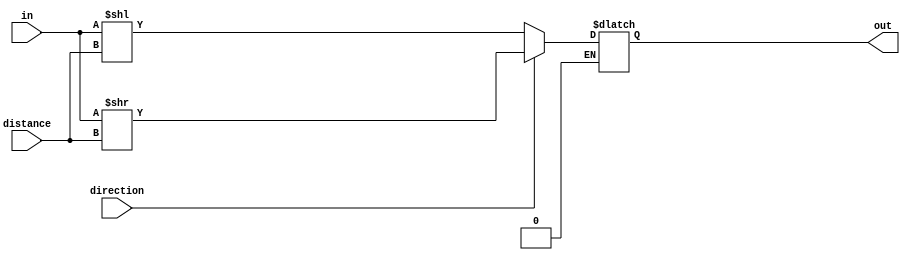
// Shifts the bits of in by distance to the
// left if direction = 0, right if direction = 1
module shifter (
  input wire [4:0] in,
  input wire [2:0] distance,
  input wire direction,
  output wire [4:0] out
);
  reg [4:0] shifted;
  always @* begin
    if(direction == 1'b0) begin
      shifted = in << distance;
    end

    if(direction == 1'b1) begin
      shifted = in >> distance;
    end
  end
  
  assign out = shifted;

endmodule